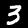
Label: 3